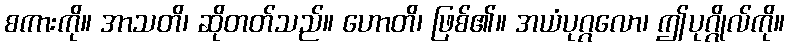
စကားကို။ အာသတိ၊ ဆိုတတ်သည်။ ဟောတိ၊ ဖြစ်၏။ အယံပုဂ္ဂလော၊ ဤပုဂ္ဂိုလ်ကို။